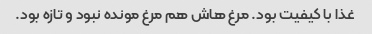
غذا با کیفیت بود. مرغ هاش هم مرغ مونده نبود و تازه بود.